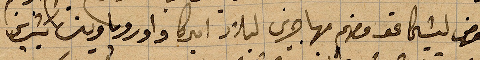
المعرض لشيحا نحو معهم مهاجرين لبلاد اميركا وأوروبا ...